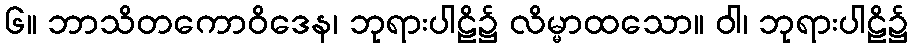
၆။ ဘာသိတကောဝိဒေန၊ ဘုရားပါဠိ၌ လိမ္မာထသော။ ဝါ၊ ဘုရားပါဠိ၌